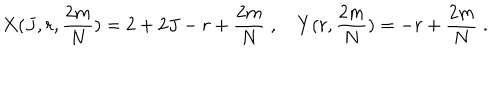
X ( J , r , { \frac { 2 m } { N } } ) = 2 + 2 J - r + { \frac { 2 m } { N } } \; , \quad Y ( r , { \frac { 2 m } { N } } ) = - r + { \frac { 2 m } { N } } \; .